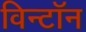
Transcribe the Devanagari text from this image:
विन्टॉन